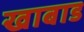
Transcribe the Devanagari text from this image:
खाबाड